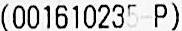
(001610235-P)